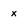
Character: x